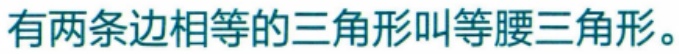
有两条边相等的三角形叫等腰三角形。